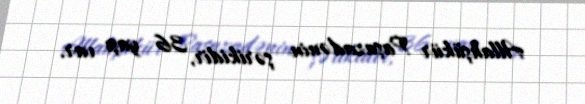
Allahşükür Paşazadənin şərikidir, 36 yaşı var.